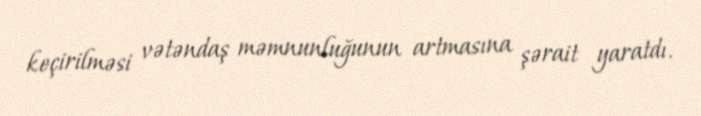
keçirilməsi vətəndaş məmnunluğunun artmasına şərait yaratdı.